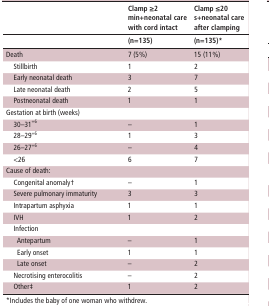
|  | Clamp ≥2 min+neonatal care with cord intact | Clamp ≤20 s+neonatal care after clamping |
 |  | (n=135) | (n=135)* |
 | --- | --- | --- |
 | Death | 7 (5%) | 15 (11%) |
 | Stillbirth | 1 | 2 |
 | Early neonatal death | 3 | 7 |
 | Late neonatal death | 2 | 5 |
 | Postneonatal death | 1 | 1 |
 | Gestation at birth (weeks) |  |  |
 | 30–31+6 | – | 1 |
 | 28–29+6 | 1 | 3 |
 | 26–27+6 | – | 4 |
 | <26 | 6 | 7 |
 | Cause of death: |  |  |
 | Congenital anomaly† | – | 1 |
 | Severe pulmonary immaturity | 3 | 3 |
 | Intrapartum asphyxia | 1 | 1 |
 | IVH | 1 | 2 |
 | Infection |  |  |
 | Antepartum | – | 1 |
 | Early onset | 1 | 1 |
 | Late onset | – | 2 |
 | Necrotising enterocolitis | – | 2 |
 | Other‡ | 1 | 2 |